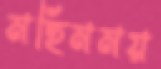
মহিমময়